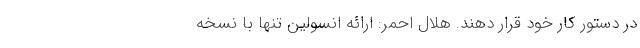
در دستور کار خود قرار دهند. هلال احمر: ارائه انسولین تنها با نسخه